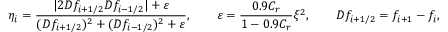
\eta _ { i } = \frac { | 2 D f _ { i + 1 / 2 } D f _ { i - 1 / 2 } | + \varepsilon } { ( D f _ { i + 1 / 2 } ) ^ { 2 } + ( D f _ { i - 1 / 2 } ) ^ { 2 } + \varepsilon } , \qquad \varepsilon = \frac { 0 . 9 C _ { r } } { 1 - 0 . 9 C _ { r } } \xi ^ { 2 } , \qquad D f _ { i + 1 / 2 } = f _ { i + 1 } - f _ { i } ,